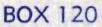
BOX 120